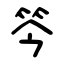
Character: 笒